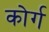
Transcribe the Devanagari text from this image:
कोर्ग